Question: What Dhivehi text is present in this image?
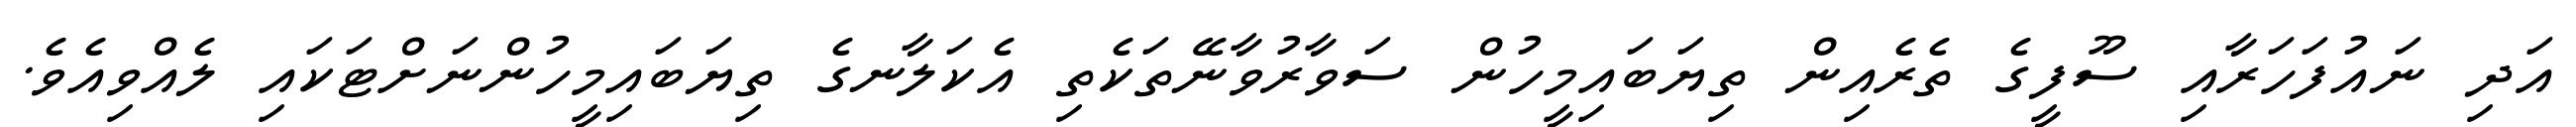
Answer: އަދި ނައުފަހަރާއި ސޫފީގެ ތެރެއިން ތިޔަބައިމީހުން ސަވާރުވާނޭތަކެތި އެކަލާނގެ ތިޔަބައިމީހުންނަށްޓަކައި ލެއްވިއެވެ.